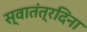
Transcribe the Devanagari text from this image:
स्वातंत्रदिना